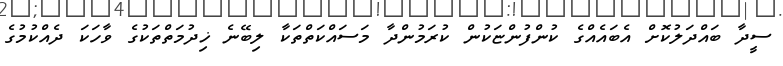
ސީދާ ބައްދަލުކޮށް އެބައެއްގެ ކުންފުންޏަކުން ކުރަމުންދާ މަސައްކަތްތަކާ ލިބޭނެ ޚިދުމަތްތަކުގެ ވާހަކަ ދެއްކުމުގެ